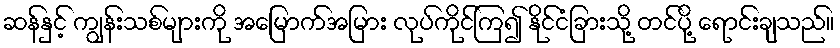
ဆန်နှင့် ကျွန်းသစ်များကို အမြောက်အမြား လုပ်ကိုင်ကြ၍ နိုင်ငံခြားသို့ တင်ပို့ ရောင်းချသည်။